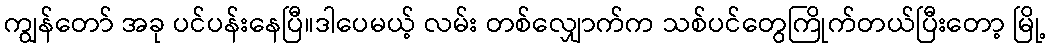
ကျွန်တော် အခု ပင်ပန်းနေပြီ။ဒါပေမယ့် လမ်း တစ်လျှောက်က သစ်ပင်တွေကြိုက်တယ်ပြီးတော့ မြို့